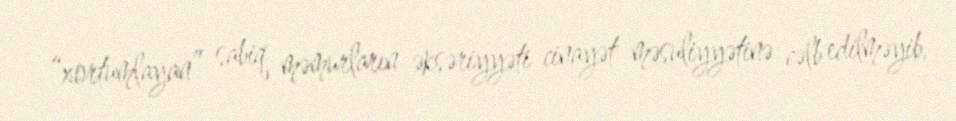
“xortumlayan” sabiq məmurların əksəriyyəti cinayət məsuliyyətinə cəlb edilməyib,